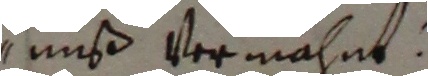
nuß vermahnt.